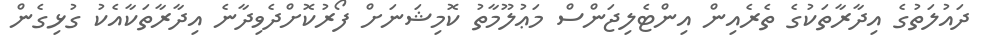
ދައުލަތުގެ އިދާރާތަކުގެ ތެރެއިން އިންޓެލިޖަންސް މަޢުލޫމާތު ކޮމިޝަނަށް ފޯރުކޮށްދެވިދާނެ އިދާރާތަކާއެކު ގުޅިގެން